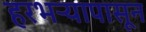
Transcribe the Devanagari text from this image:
हरभऱ्यापासून